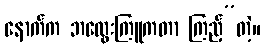
နောက်က ဘထွေးကြူကတာ ကြည့်”တဲ့။